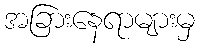
အခြားနေရာများမှ